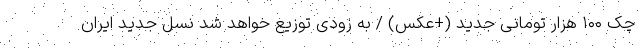
چک ۱۰۰ هزار تومانی جدید (+عکس) / به زودی توزیع خواهد شد نسل جدید ایران